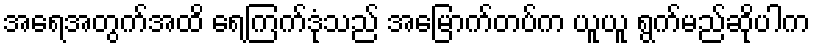
အရေအတွက်အထိ ရေကြက်ဒုံသည် အမြောက်တပ်က ယူယူ ရွက်မည်ဆိုပါက